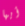
أيها